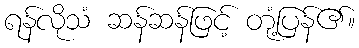
ရန်လိုသံ ဆန်ဆန်ဖြင့် တုံ့ပြန်၏။